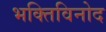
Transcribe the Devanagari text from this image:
भक्तिविनोद